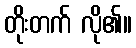
တိုးတက် လို၏။